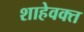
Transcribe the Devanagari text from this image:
शाहेवक्त